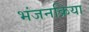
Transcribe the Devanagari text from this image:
भंजनक्रिया